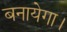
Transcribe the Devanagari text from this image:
बनायेगा।